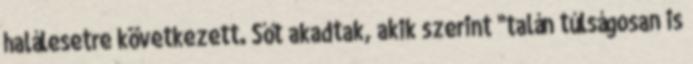
halálesetre következett. Sőt akadtak, akik szerint "talán túlságosan is